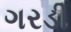
ગરડી